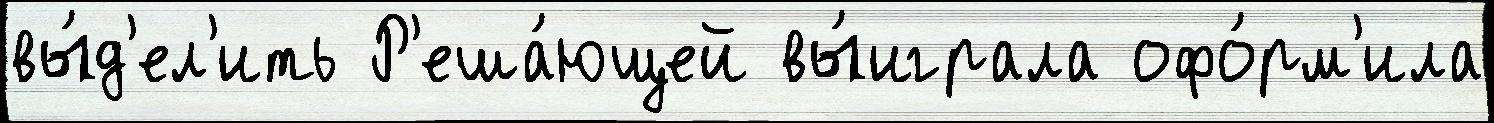
вы́д'ел'ить Р'еша́ющей вы́играла офо́рм'ила